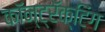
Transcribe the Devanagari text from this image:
कॉन्ट्रॅक्टिंग